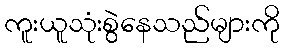
ကူးယူသုံးစွဲနေသည်များကို